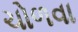
ચોળવા